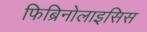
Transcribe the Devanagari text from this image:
फिब्रिनोलाइसिस